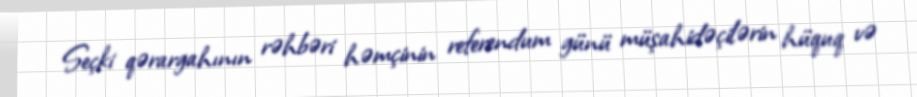
Seçki qərargahının rəhbəri həmçinin referendum günü müşahidəçilərin hüquq və